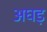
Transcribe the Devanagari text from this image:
अघड़